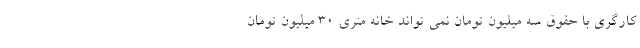
کارگری با حقوق سه میلیون تومان نمی تواند خانه متری ۳۰ میلیون تومان